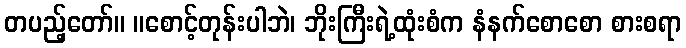
တပည့်တော်။ ။စောင့်တုန်းပါဘဲ၊ ဘိုးကြီးရဲ့ထုံးစံက နံနက်စောစော စားစရာ